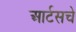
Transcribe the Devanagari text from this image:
आर्टसचे